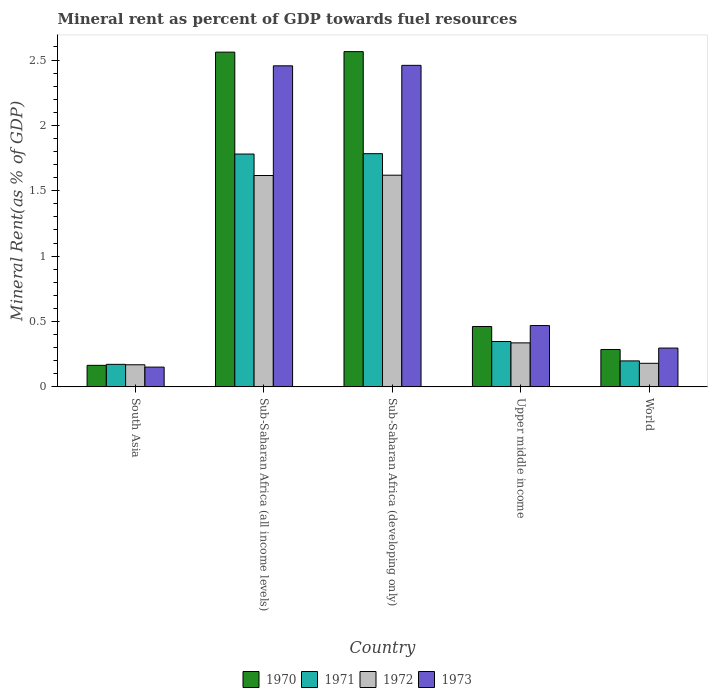
| Country | 1970 | 1971 | 1972 | 1973 |
 | --- | --- | --- | --- | --- |
 | South Asia | 0.165 | 0.172 | 0.169 | 0.151 |
 | Sub-Saharan Africa (all income levels) | 2.56 | 1.78 | 1.62 | 2.46 |
 | Sub-Saharan Africa (developing only) | 2.56 | 1.78 | 1.62 | 2.46 |
 | Upper middle income | 0.462 | 0.347 | 0.336 | 0.469 |
 | World | 0.286 | 0.199 | 0.18 | 0.297 |